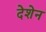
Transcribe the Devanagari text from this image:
देशेन